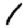
Digit: 1